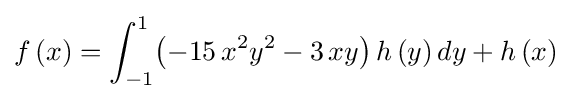
f\left(x\right)=\int _{-1}^{1}\!\left(-15\,{x}^{2}{y}^{2}-3\,xy\right)h\left(y\right){dy}+h\left(x\right)